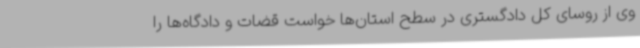
وی از روسای کل دادگستری در سطح استان‌ها خواست قضات و دادگاه‌ها را